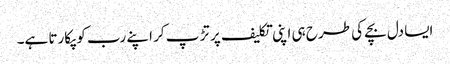
ایسا دل بچے کی طرح ہی اپنی تکلیف پر تڑ پ کر اپنے رب کو پکارتا ہے۔